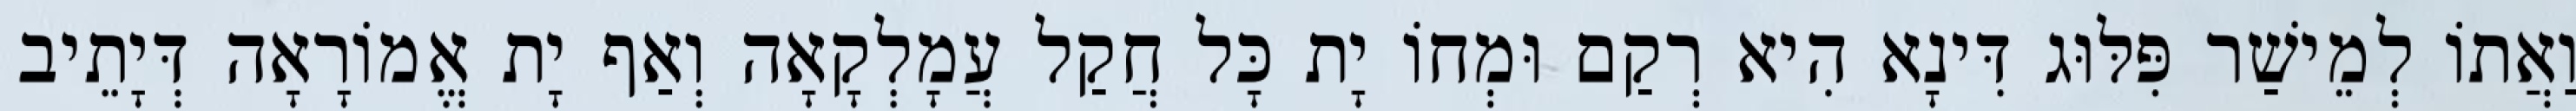
וַאֲתוֹ לְמֵישַׁר פִּלּוּג דִּינָא הִיא רְקַם וּמְחוֹ יָת כָּל חֲקַל עֲמָלְקָאָה וְאַף יָת אֱמוֹרָאָה דְּיָתֵיב